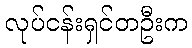
လုပ်ငန်းရှင်တဦးက